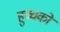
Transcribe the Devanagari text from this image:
हुच्चको